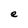
Character: e